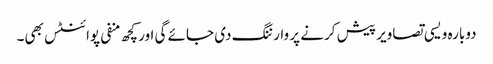
دوبارہ ویسی تصاویر پیش کرنے پر وارننگ دی جائے گی اور کچھ منفی پوائنٹس بھی۔